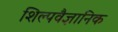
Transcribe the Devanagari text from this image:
शिल्पवैज्ञानिक